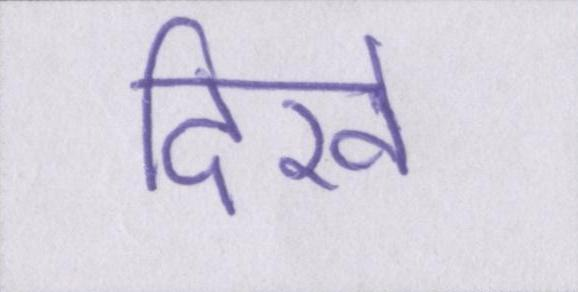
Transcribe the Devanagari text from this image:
दिखे